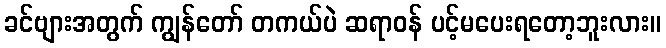
ခင်ဗျားအတွက် ကျွန်တော် တကယ်ပဲ ဆရာဝန် ပင့်မပေးရတော့ဘူးလား။